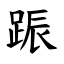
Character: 䟴